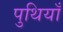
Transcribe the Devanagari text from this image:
पुथियाँ